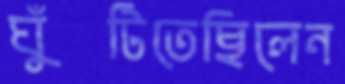
ঘুঁটিতেছিলেন